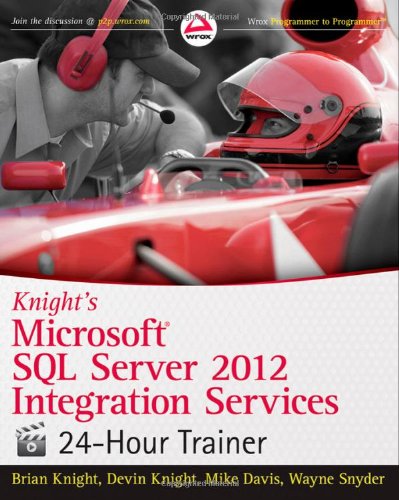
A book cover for Knight's Microsoft SQL Server 2012 Integration Services  24-Hour Trainer; Brian Knight; Computers & Technology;